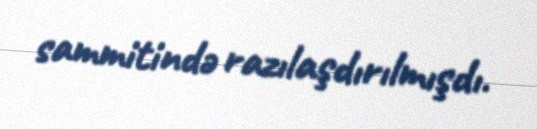
sammitində razılaşdırılmışdı.